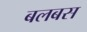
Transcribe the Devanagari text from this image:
बलबस